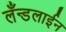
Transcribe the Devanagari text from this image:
लँन्डलाईन